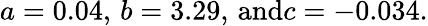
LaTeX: a=0.04,\, b=3.29,\, \textnormal{and}c=-0.034.